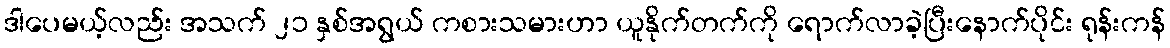
ဒါပေမယ့်လည်း အသက် ၂၁ နှစ်အရွယ် ကစားသမားဟာ ယူနိုက်တက်ကို ရောက်လာခဲ့ပြီးနောက်ပိုင်း ရုန်းကန်